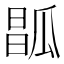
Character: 𤬆